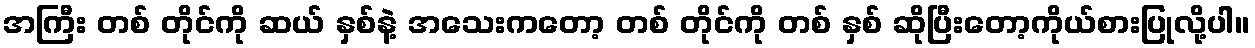
အကြီး တစ် တိုင်ကို ဆယ် နှစ်နဲ့ အသေးကတော့ တစ် တိုင်ကို တစ် နှစ် ဆိုပြီးတော့ကိုယ်စားပြုလို့ပါ။